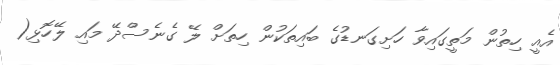
އެއީ ހިތުން މަތީގައިވާ ހަށިގަނޑުގެ ބައިތަކުން ހިތަށް ލޭ ގެނެސްދޭ މައި ލޭހޮޅި(